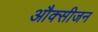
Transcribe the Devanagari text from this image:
औक्सीजन